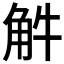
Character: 𧣈